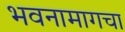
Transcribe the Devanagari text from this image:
भवनामागचा